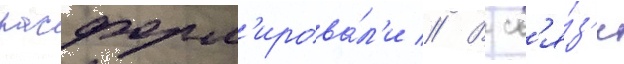
расформ'ирова́л'и // В св'я́з'и